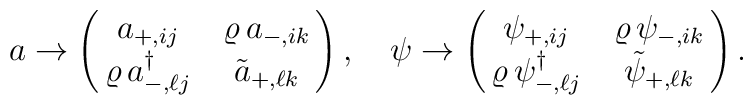
a \rightarrow \pmatrix{ a_{+, ij} & \varrho \, a_{-, ik} \cr\varrho \, a^{\dagger}_{-, \ell j} &  \tilde{a}_{+, \ell k} \cr}, \quad \psi \rightarrow \pmatrix{ \psi_{+, ij} & \varrho \, \psi_{-, ik} \cr\varrho \, \psi^{\dagger}_{-, \ell j} &  \tilde{\psi}_{+, \ell k} \cr} .